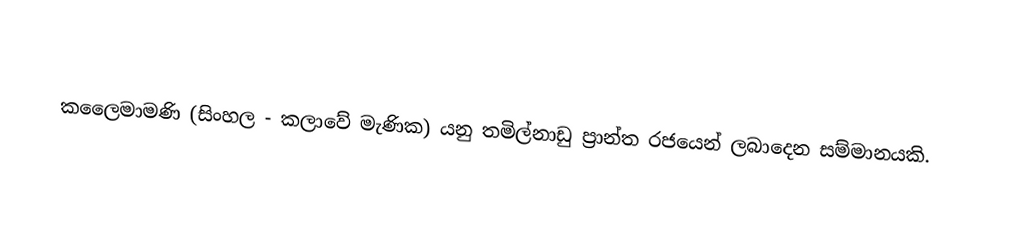

කලෛමාමණි (සිංහල - කලාවේ මැණික) යනු තමිල්නාඩු ප්‍රාන්ත රජයෙන් ලබාදෙන සම්මානයකි.